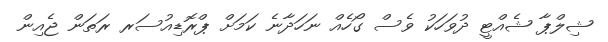
ޝިލްޕާ ޝެއްޓީ ދުވަހަކު ވެސް ގޯހެއް ނަހަދާނެ ކަމަށް ޕްރޮޑިއުސަރ ރަތަން ޖެއިން